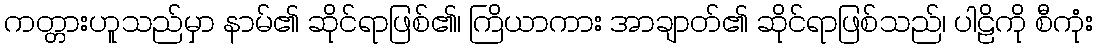
ကတ္တားဟူသည်မှာ နာမ်၏ ဆိုင်ရာဖြစ်၏၊ ကြိယာကား အာချာတ်၏ ဆိုင်ရာဖြစ်သည်၊ ပါဠိကို စီကုံး